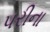
પરીના